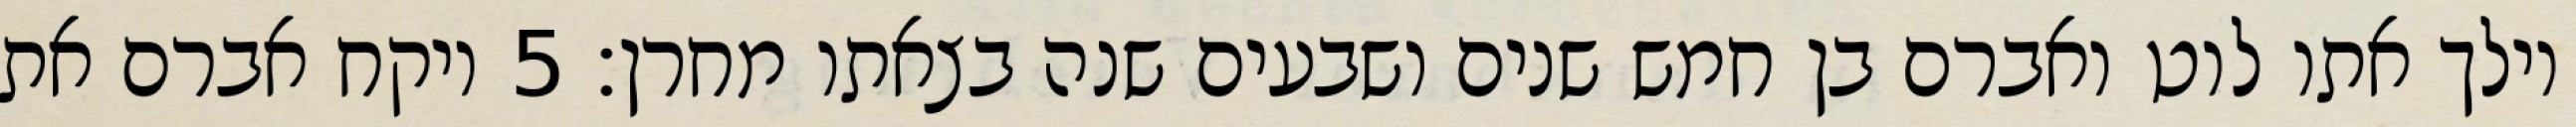
וילך אתו לוט ואברם בן חמש שנים ושבעים שנה בצאתו מחרן׃ ‎5‏ ויקח אברם את